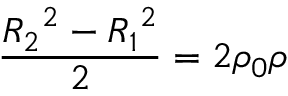
\frac { { R _ { 2 } } ^ { 2 } - { R _ { 1 } } ^ { 2 } } { 2 } = 2 \rho _ { 0 } \rho